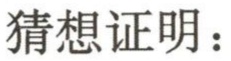
猜想证明：